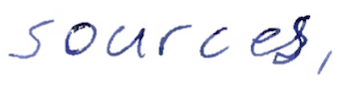
Text: sources,
Cross-out: clean
Writing tool: ballpoint